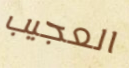
العجيب